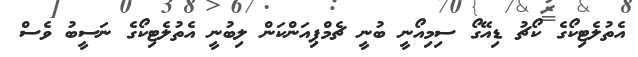
އެތުލެޓިކޯގެ ކޯޗު ޑިއޭގޯ ސިމިއޯނީ ބުނީ ޗެމްޕިއަންކަން ލިބުނީ އެތުލެޓިކޯގެ ނަސީބު ވެސް